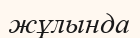
жұлында